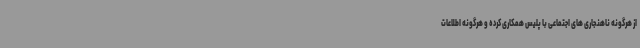
از هرگونه ناهنجاری های اجتماعی با پلیس همکاری کرده و هرگونه اطلاعات